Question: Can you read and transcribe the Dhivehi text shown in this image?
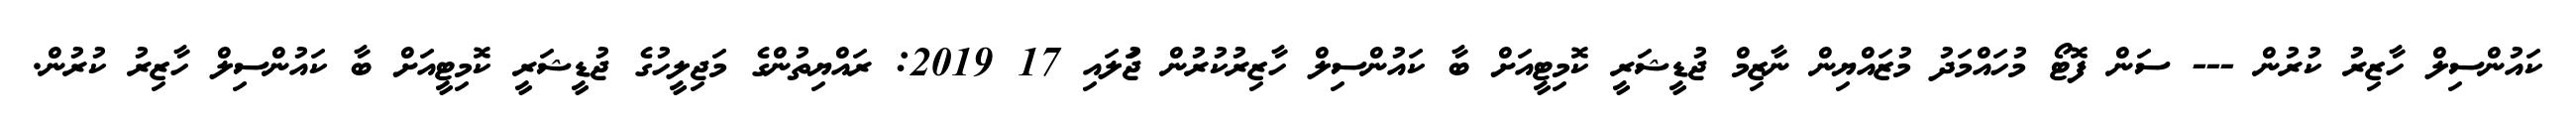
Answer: ކައުންސިލް ހާޒިރު ކުރުން --- ސަން ފޮޓޯ މުހައްމަދު މުޒައްޔިން ނާޒިމް ޖުޑީޝަރީ ކޮމިޓީއަށް ބާ ކައުންސިލް ހާޒިރުކުރުން ޖުަލައި 17 2019: ރައްޔިތުންގެ މަޖިލީހުގެ ޖުޑީޝަރީ ކޮމިޓީއަށް ބާ ކައުންސިލް ހާޒިރު ކުރުން.